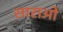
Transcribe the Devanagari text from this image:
साराओ